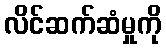
လိင်ဆက်ဆံမှုကို